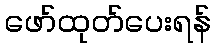
ဖော်ထုတ်ပေးရန်